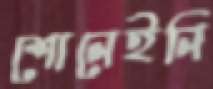
শোনেইনি